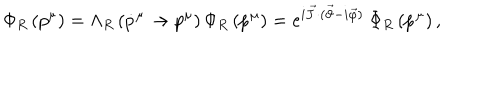
\Phi _ { R } \left( p ^ { \mu } \right) = \Lambda _ { R } \left( \dot { p } ^ { \mu } \to p ^ { \mu } \right) \Phi _ { R } \left( \dot { p } ^ { \mu } \right) = e ^ { i \vec { J } \cdot ( \vec { \vartheta } - i \vec { \varphi } ) } ~ \Phi _ { R } \left( \dot { p } ^ { \mu } \right) ,